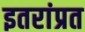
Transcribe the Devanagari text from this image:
इतरांप्रत